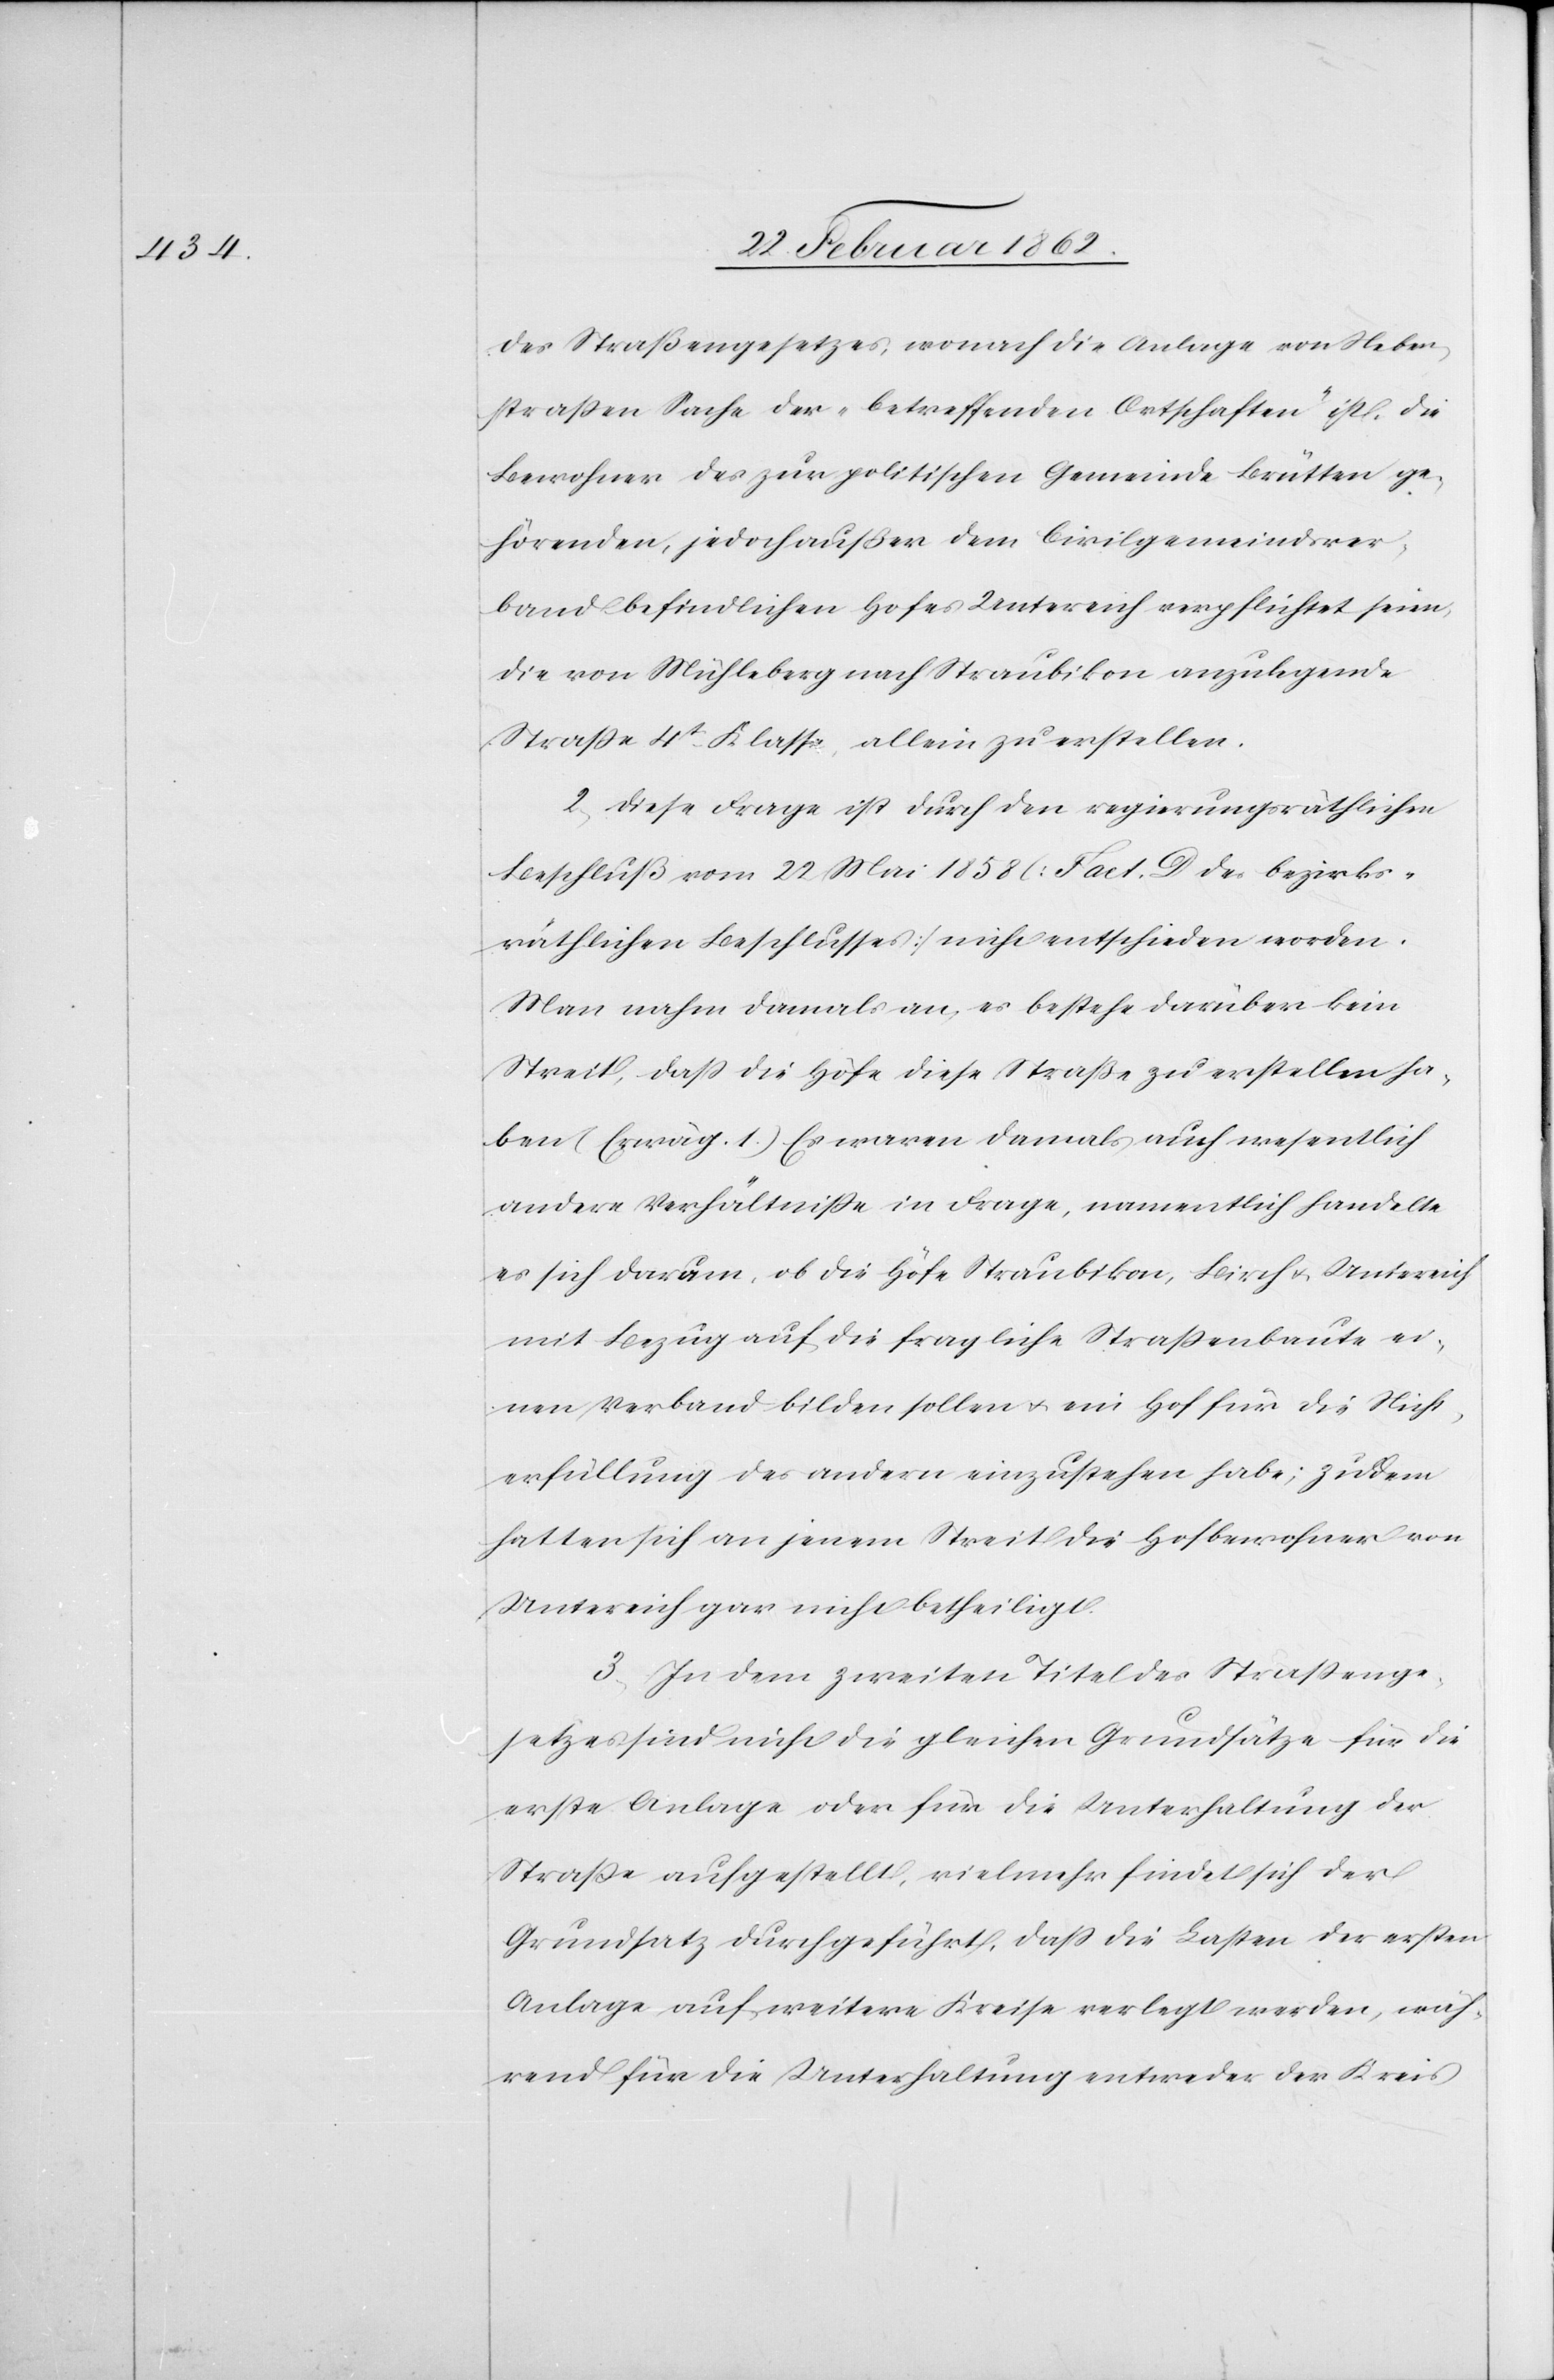
Straßengesetzes, wonach die Anlage von Neben¬
straßen Sache der „betreffenden Ortschaften“ ist, die
Bewohner des zur politischen Gemeinde Brütten ge¬
hörenden, jedoch außer dem Civilgemeindsver¬
band befindlichen Hofes Untereich verpflichtet seien,
die von Mühleberg nach Straubikon anzulegende
Straße 4t. Klasse allein zu erstellen.
2) Diese Frage ist durch den regierungsräthlichen
Beschluß vom 22 Mai 1858 [Fact. D des bezirks¬
räthlichen Beschlusses] nicht entschieden worden.
Man nahm damals an, es bestehe darüber kein
Streit, daß die Höfe diese Straße zu erstellen ha¬
ben (Erwäg. 1.). Es waren damals auch wesentlich
andere Verhältniße in Frage, namentlich handelte
es sich darum, ob die Höfe Straubikon, Birch u. Untereich
mit Bezug auf die fragliche Straßenbaute ei¬
nen Verband bilden sollen u. ein Hof für die Nicht¬
erfüllung des andern einzustehen habe; zudem
hatten sich an jenem Streit die Hofbewohner von
Untereich gar nicht betheiligt.
3) In dem zweiten Titel des Straßenge¬
setzes sind nicht die gleichen Grundsätze für die
erste Anlage oder für die Unterhaltung der
Straße aufgestellt, vielmehr findet sich der
Grundsatz durchgeführt, daß die Lasten der ersten
Anlage auf weitere Kreise verlegt werden, wäh¬
rend für die Unterhaltung entweder der Kreis